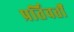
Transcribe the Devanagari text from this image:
प्रर्तिवर्तों